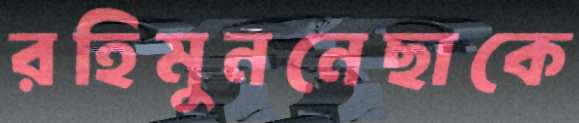
রহিমুননেছাকে